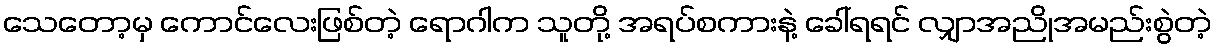
သေတော့မှ ကောင်လေးဖြစ်တဲ့ ရောဂါက သူတို့ အရပ်စကားနဲ့ ခေါ်ရရင် လျှာအညိုအမည်းစွဲတဲ့